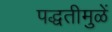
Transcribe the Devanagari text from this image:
पद्धतीमुळें